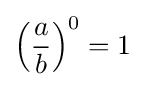
\left({\frac {a}{b}}\right)^{0}=1